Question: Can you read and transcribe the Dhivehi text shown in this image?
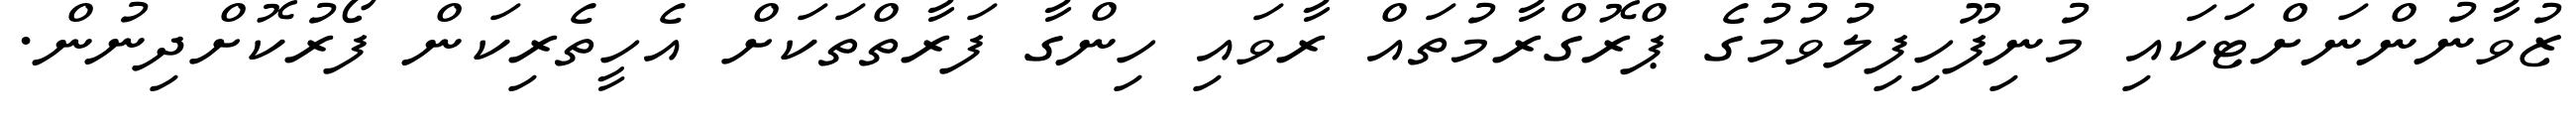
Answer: ޒުވާނުންނަށްޓަކައި މުނިފޫހިފިލުވުމުގެ ޕްރޮގްރާމުތައް ރާވައި ހިންގާ ފަރާތްތަކަށް އެހީތެރިކަން ފޯރުކޮށްދިނުން.